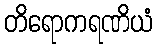
တိရောကရဏိယံ